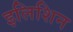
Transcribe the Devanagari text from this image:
इलिशिन